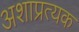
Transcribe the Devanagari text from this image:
अशाप्रत्यक